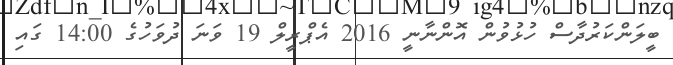
ބީލަންކަރުދާސް ހުޅުވުން އޮންނާނީ 2016 އެޕްރީލް 19 ވަނަ ދުވަހުގެ 14:00 ގައި